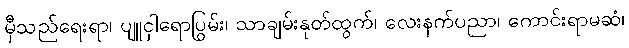
မှီသည်ရေးရာ၊ ပျူငှါရောပြွမ်း၊ သာချမ်းနုတ်ထွက်၊ လေးနက်ပညာ၊ ကောင်းရာမဆံ၊